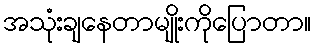
အသုံးချနေတာမျိုးကိုပြောတာ။